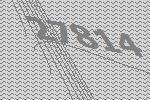
27814